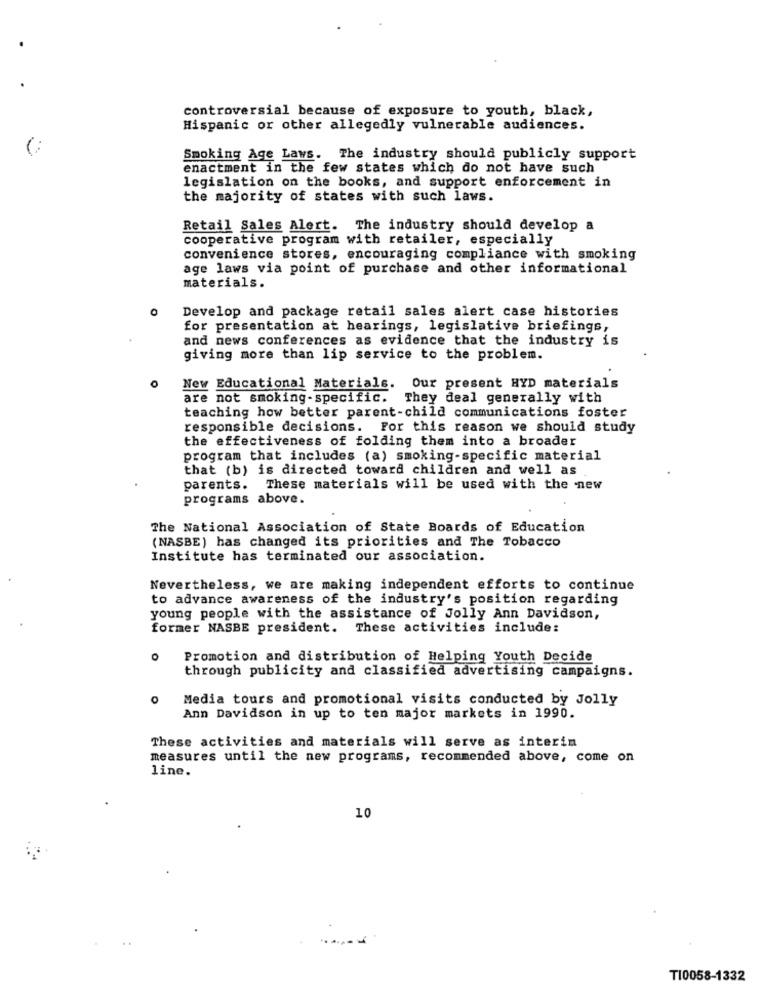
controversial because of exposure to youth, black,
Hispanic or other allegedly vulnerable audiences.
Smoking Age Laws. The industry should publicly support
enactment in the few states which do not have such
legislation on the books, and support enforcement in
the majority of states with such laws.
Retail Sales Alert. The industry should develop a
cooperative program with retailer, especially
convenience stores, encouraging compliance with smoking
age laws via point of purchase and other informational
materials.
Develop and package retail sales alert case histories
for presentation at hearings, legislative briefings,
and news conferences as evidence that the industry is
giving more than lip service to the problem.
New Educational Materials.
Our present HYD materials
are not smoking-specific. They deal generally with
teaching how better parent-child communications foster
responsible decisions. For this reason we should study
the effectiveness of folding them into a broader
program that includes (a) smoking-specific material
that (b) is directed toward children and well as
parents. These materials will be used with the new
programs above.
The National Association of State Boards of Education
(NASBE) has changed its priorities and The Tobacco
Institute has terminated our association.
Nevertheless, we are making independent efforts to continue
to advance awareness of the industry's position regarding
young people with the assistance of Jolly Ann Davidson,
former NASBE president. These activities include:
Promotion and distribution of Helping Youth Decide
through publicity and classified advertising campaigns.
Media tours and promotional visits conducted by Jolly
Ann Davidson in up to ten major markets in 1990.
These activities and materials will serve as interin
measures until the new programs, recommended above, come on
line.
10
TI0058-1332